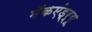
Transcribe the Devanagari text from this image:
मॅकएंड्र्यू